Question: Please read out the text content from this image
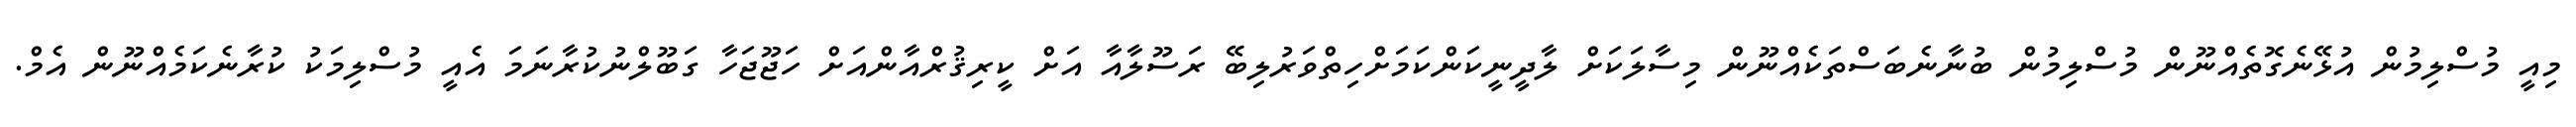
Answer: މިއީ މުސްލިމުން އުޅޭނެގޮތެއްނޫން މުސްލިމުން ބުނާނެބަސްތަކެއްނޫން މިސާލަކަށް ލާދީނީކަންކަމަށްހިތްވަރުލިބޭ ރަސޫލާއާ އަށް ކީރިޤުރްއާންއަށް ހަޖޫޖަހާ ގަބޫލްނުކުރާނަމަ އެއީ މުސްލިމަކު ކުރާނެކަމެއްނޫން އެމް.